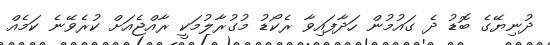
ދުނިޔޭގެ ބޮޑު ދެ ގައުމުން ހަދާފައިވާ ރެކޯޑު މުގުރާލުމަކީ ރާއްޖެއަށް ކުރެވޭނެ ކަމެއް